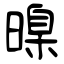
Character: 暞